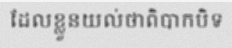
ដែលខ្លួនយល់ថាពិបាកបិទ